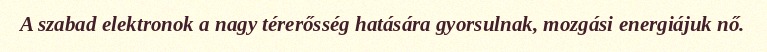
A szabad elektronok a nagy térerősség hatására gyorsulnak, mozgási energiájuk nő.